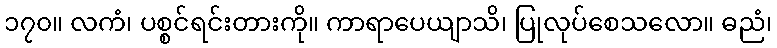
၁၇၀။ လကံ၊ ပစ္စင်ရင်းတားကို။ ကာရာပေယျာသိ၊ ပြုလုပ်စေသလော။ ဓညံ၊